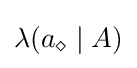
\textstyle \lambda (a_{\diamond }\mid A)